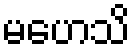
မဟေသိ